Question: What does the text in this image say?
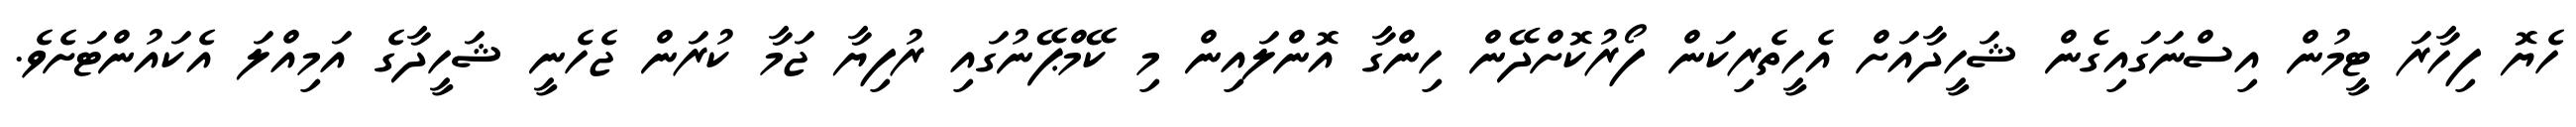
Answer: ހެޔޮ ފިހާރަ ޓީމުން އިސްނަގައިގެން ޝަހީދާއަށް އެހީތެރިކަން ފޯރުކޮށްދޭން ހިންގާ އޮންލައިން މި ކޭމްޕޭނުގައި ރުފިޔާ ޖަމާ ކުރަން ޖެހެނީ ޝަހީދާގެ އަމިއްލަ އެކައުންޓަށެވެ.